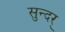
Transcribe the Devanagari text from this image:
सुन्दर्